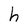
Character: h